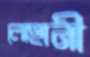
লোহানী